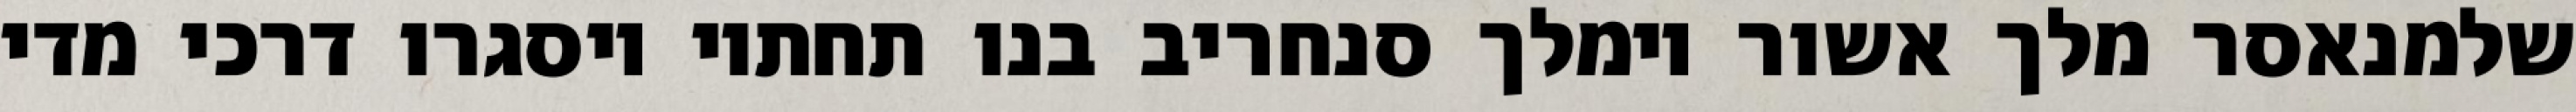
שלמנאסר מלך אשור וימלך סנחריב בנו תחתיו ויסגרו דרכי מדי